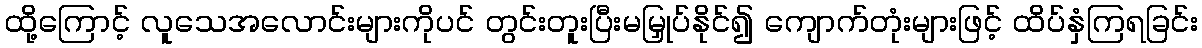
ထို့ကြောင့် လူသေအလောင်းများကိုပင် တွင်းတူးပြီးမမြှုပ်နိုင်၍ ကျောက်တုံးများဖြင့် ထိပ်နှံကြရခြင်း